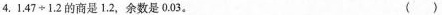
⒋. 1.47\div1.2的商是1.2，余数是0.03。（）